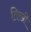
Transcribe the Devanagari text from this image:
तिखी